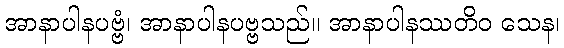
အာနာပါနပဗ္ဗံ၊ အာနာပါနပဗ္ဗသည်။ အာနာပါနဿတိဝ သေန၊